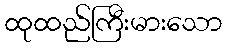
ထုထည်ကြီးမားသော